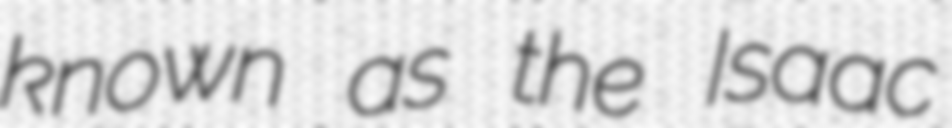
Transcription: known as the Isaac